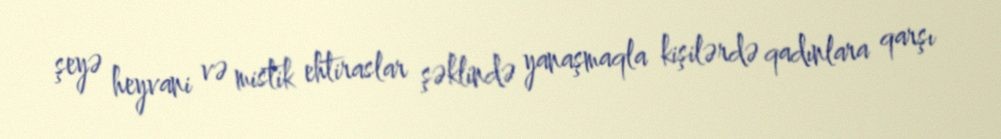
şeyə heyvani və mistik ehtiraslar şəklində yanaşmaqla kişilərdə qadınlara qarşı